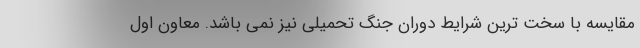
مقایسه با سخت ترین شرایط دوران جنگ تحمیلی نیز نمی باشد. معاون اول